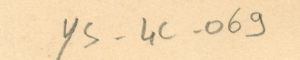
ys-4c-069